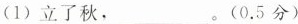
(1)立了秋，___。(0.5分)